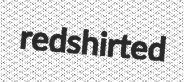
redshirted